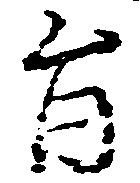
旨